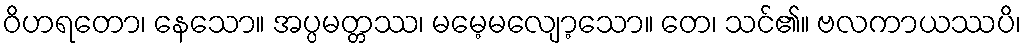
ဝိဟရတော၊ နေသော။ အပ္ပမတ္တဿ၊ မမေ့မလျော့သော။ တေ၊ သင်၏။ ဗလကာယဿပိ၊